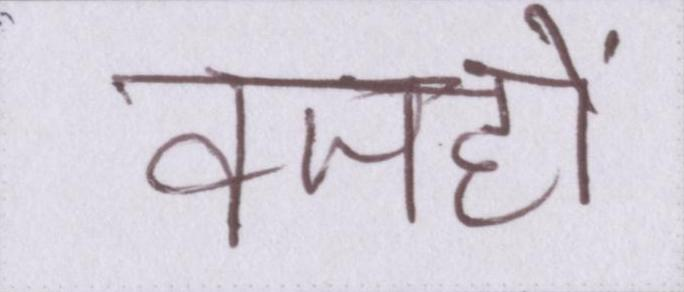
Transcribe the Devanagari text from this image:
वजहों